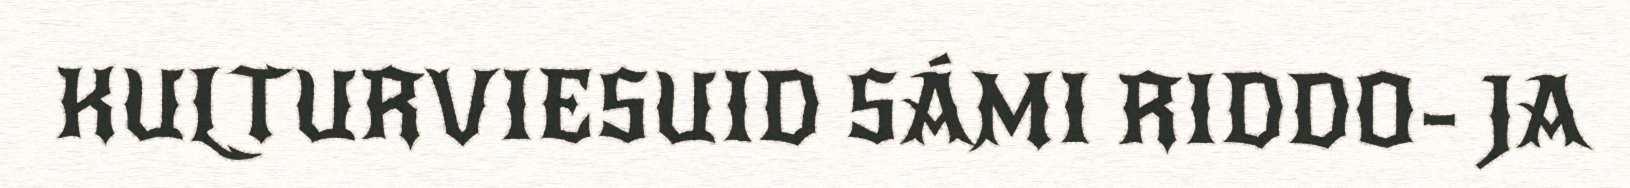
KULTURVIESUID SÁMI RIDDO- JA